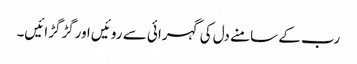
رب کے سامنے دل کی گہرائی سے روئیں اورگڑگڑائیں۔